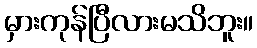
မှားကုန်ပြီလားမသိဘူး။